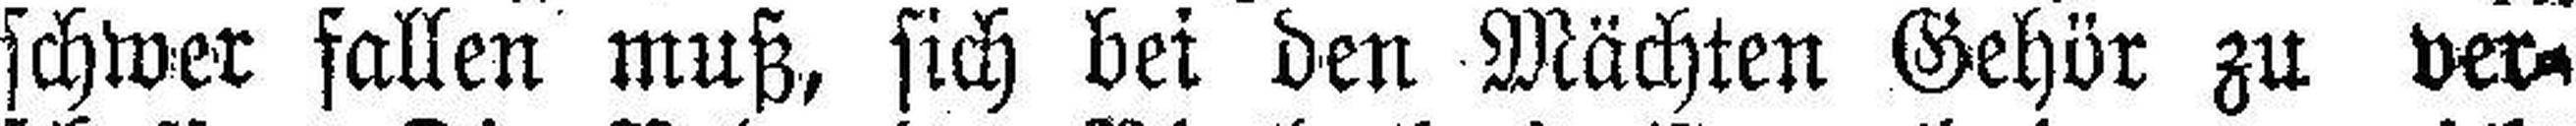
schwer fallen muß, sich bei den Mächten Gehör zu ver¬